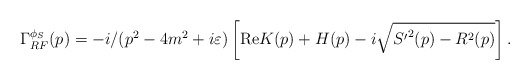
\begin{align*}\Gamma_{RF}^{\phi_S}(p)=-i/(p^2-4m^2+i\varepsilon)\left[{\rm Re}K(p)+H(p) -i\sqrt{{S'}^2(p)-R^2(p)}\right].\end{align*}